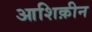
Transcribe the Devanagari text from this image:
आशिक़ीन